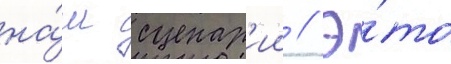
на́ш сценар'ии // Э́то